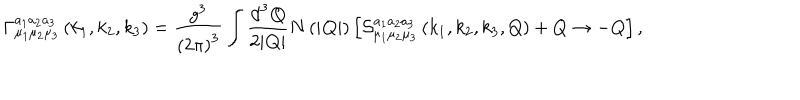
\Gamma _ { \mu _ { 1 } \mu _ { 2 } \mu _ { 3 } } ^ { a _ { 1 } a _ { 2 } a _ { 3 } } \left( k _ { 1 } , k _ { 2 } , k _ { 3 } \right) = \frac { g ^ { 3 } } { \left( 2 \pi \right) ^ { 3 } } \int \frac { \mathrm { d } ^ { 3 } { \bf Q } } { 2 | { \bf Q } | } N \left( | { \bf Q } | \right) \left[ { \cal S } _ { \mu _ { 1 } \mu _ { 2 } \mu _ { 3 } } ^ { a _ { 1 } a _ { 2 } a _ { 3 } } \left( k _ { 1 } , k _ { 2 } , k _ { 3 } , Q \right) + Q \rightarrow - Q \right] ,